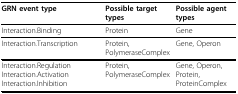
<table><thead><tr><td><b>GRN event type</b></td><td><b>Possible target types</b></td><td><b>Possible agent types</b></td></tr></thead><tbody><tr><td>Interaction.Binding</td><td>Protein</td><td>Gene</td></tr><tr><td>Interaction.Transcription</td><td>Protein, PolymeraseComplex</td><td>Gene, Operon</td></tr><tr><td>Interaction.Regulation Interaction.Activation Interaction.Inhibition</td><td>Protein, PolymeraseComplex</td><td>Gene, Operon, Protein, ProteinComplex</td></tr></tbody></table>